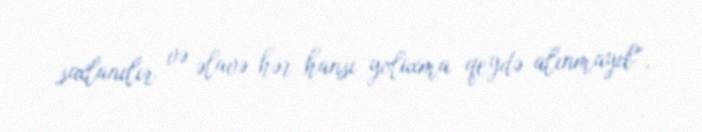
saxlanılır və əlavə hər hansı yoluxma qeydə alınmayıb”.